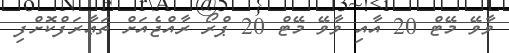
ވާވޭ މޭޓް 20 އާއި ވާވޭ މޭޓް 20 ޕްރޯ ރާއްޖެއަށް ތަޢާރަފްކޮށްފި